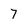
Character: 7